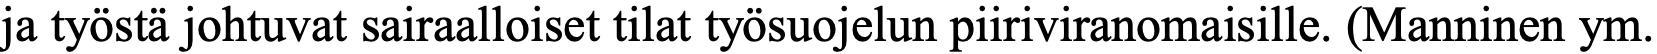
ja työstä johtuvat sairaalloiset tilat työsuojelun piiriviranomaisille. (Manninen ym.